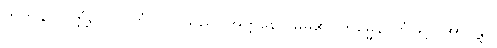
တတ်နိုင်လတ္တံ့လော။ တွံ၊ သင်သည်။ အတ္တနော၊ မိမိ၏။ ကမ္မေန၊ ကံဖြင့်။ အာဂန္တွာ၊